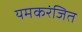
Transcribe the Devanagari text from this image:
यमकरंजित